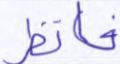
فانظر